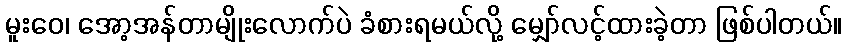
မူးဝေ၊ အော့အန်တာမျိုးလောက်ပဲ ခံစားရမယ်လို့ မျှော်လင့်ထားခဲ့တာ ဖြစ်ပါတယ်။